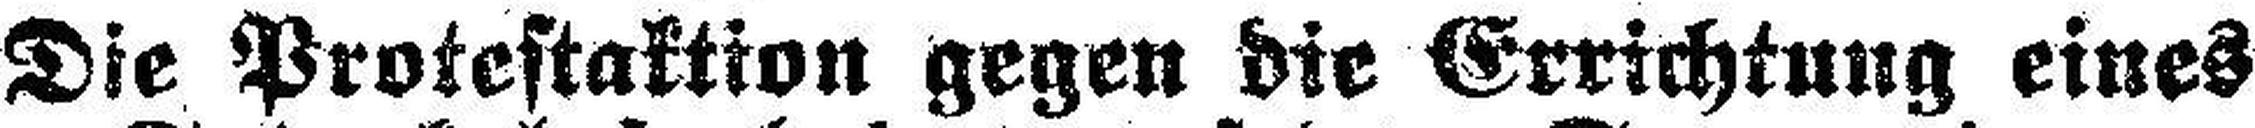
Die Protestaktion gegen die Errichtung eines